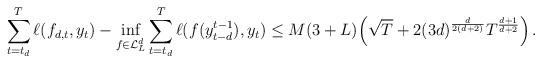
LaTeX: \begin{align*} \sum_{t=t_d}^T \ell(f_{d,t},y_t) - \inf_{f \in \mathcal{L}_L^d} \sum_{t=t_d}^T \ell(f(y_{t-d}^{t-1}),y_t) \leq M(3+L) \Bigl(\sqrt{T} + 2(3d)^{\frac{d}{2(d+2)}}T^{\frac{d+1}{d+2}}\Bigr) \,.\end{align*}